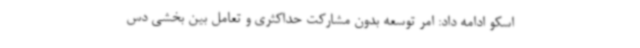
اسکو ادامه داد: امر توسعه بدون مشارکت حداکثری و تعامل بین بخشی دس